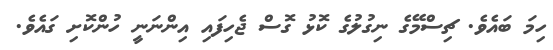
ހިމަ ބައެވެ. ޗިސްމޭގެ ނިގުލުގެ ކޮޅު ގޮސް ޖެހިފައި އިންނަނީ ހުންކޮށި ގައެވެ.